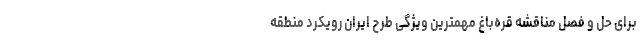
برای حل و فصل مناقشه قره‌باغ مهمترین ویژگی طرح ایران رویکرد منطقه